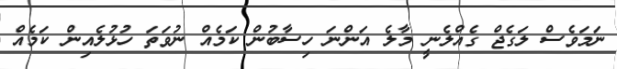
ނަމަވެސް ލަގެޖް ގެއްލެނީ މާލެ އަންނަ ހިސާބުން ކަމެއް ނުވަތަ ހުޅުލެއިން ކަމެއް